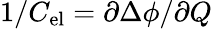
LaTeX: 1/C_{\mathrm{el}}=\partial\Delta\phi/\partial Q